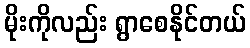
မိုးကိုလည်း ရွာစေနိုင်တယ်